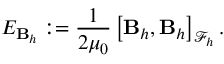
E _ { \mathbf { B } _ { h } } : = \frac { 1 } { 2 \mu _ { 0 } } \left[ \mathbf { B } _ { h } , \mathbf { B } _ { h } \right] _ { \mathcal { F } _ { h } } .